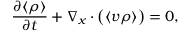
\frac { \partial \langle \rho \rangle } { \partial t } + \nabla _ { \boldsymbol { x } } \cdot \big ( \langle \boldsymbol { v } \rho \rangle \big ) = 0 ,